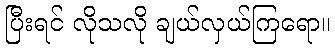
ပြီးရင် လိုသလို ချယ်လှယ်ကြရော။